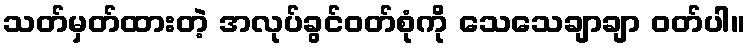
သတ်မှတ်ထားတဲ့ အလုပ်ခွင်ဝတ်စုံကို သေသေချာချာ ဝတ်ပါ။